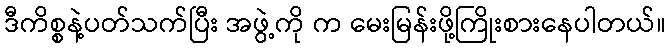
ဒီကိစ္စနဲ့ပတ်သက်ပြီး အဖွဲ့ကို က မေးမြန်းဖို့ကြိုးစားနေပါတယ်။